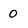
Character: 0